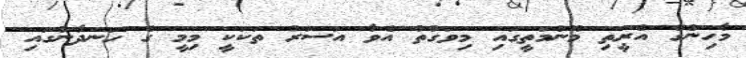
މާހިންގެ އެރީތި މޫނުމަތީގައި މިވަގުތު އެވާ އަސަރު ތަކަކީ މިމީ ގެ ހަނދާނުގައި